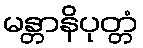
မန္တာနိပုတ္တံ